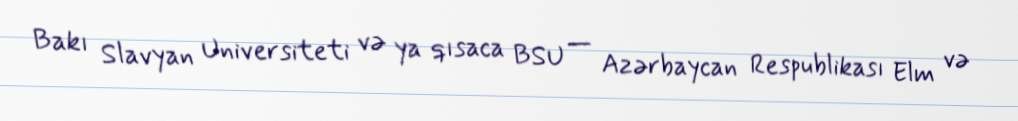
Bakı Slavyan Universiteti və ya qısaca BSU — Azərbaycan Respublikası Elm və